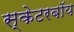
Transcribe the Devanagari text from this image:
स्केटरबॉय